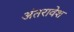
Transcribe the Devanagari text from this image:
अंतरावेश